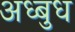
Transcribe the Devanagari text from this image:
अध्बुध